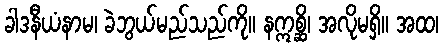
ခါဒနီယံနာမ၊ ခဲဘွယ်မည်သည်ကို။ နဣစ္ဆိ၊ အလိုမရှိ။ အထ၊